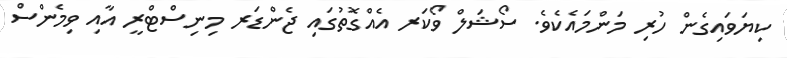
ކިޔަވައިގެން ހުރި މަންމައެކެވެ. ސޯޝަލް ވޯކަރ އެއްގޮތުގައި ޖެންޑަރ މިނިސްޓްރީ އާއި ވިމެންސް